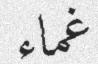
غماء